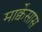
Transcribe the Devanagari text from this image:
मार्क्वेसास